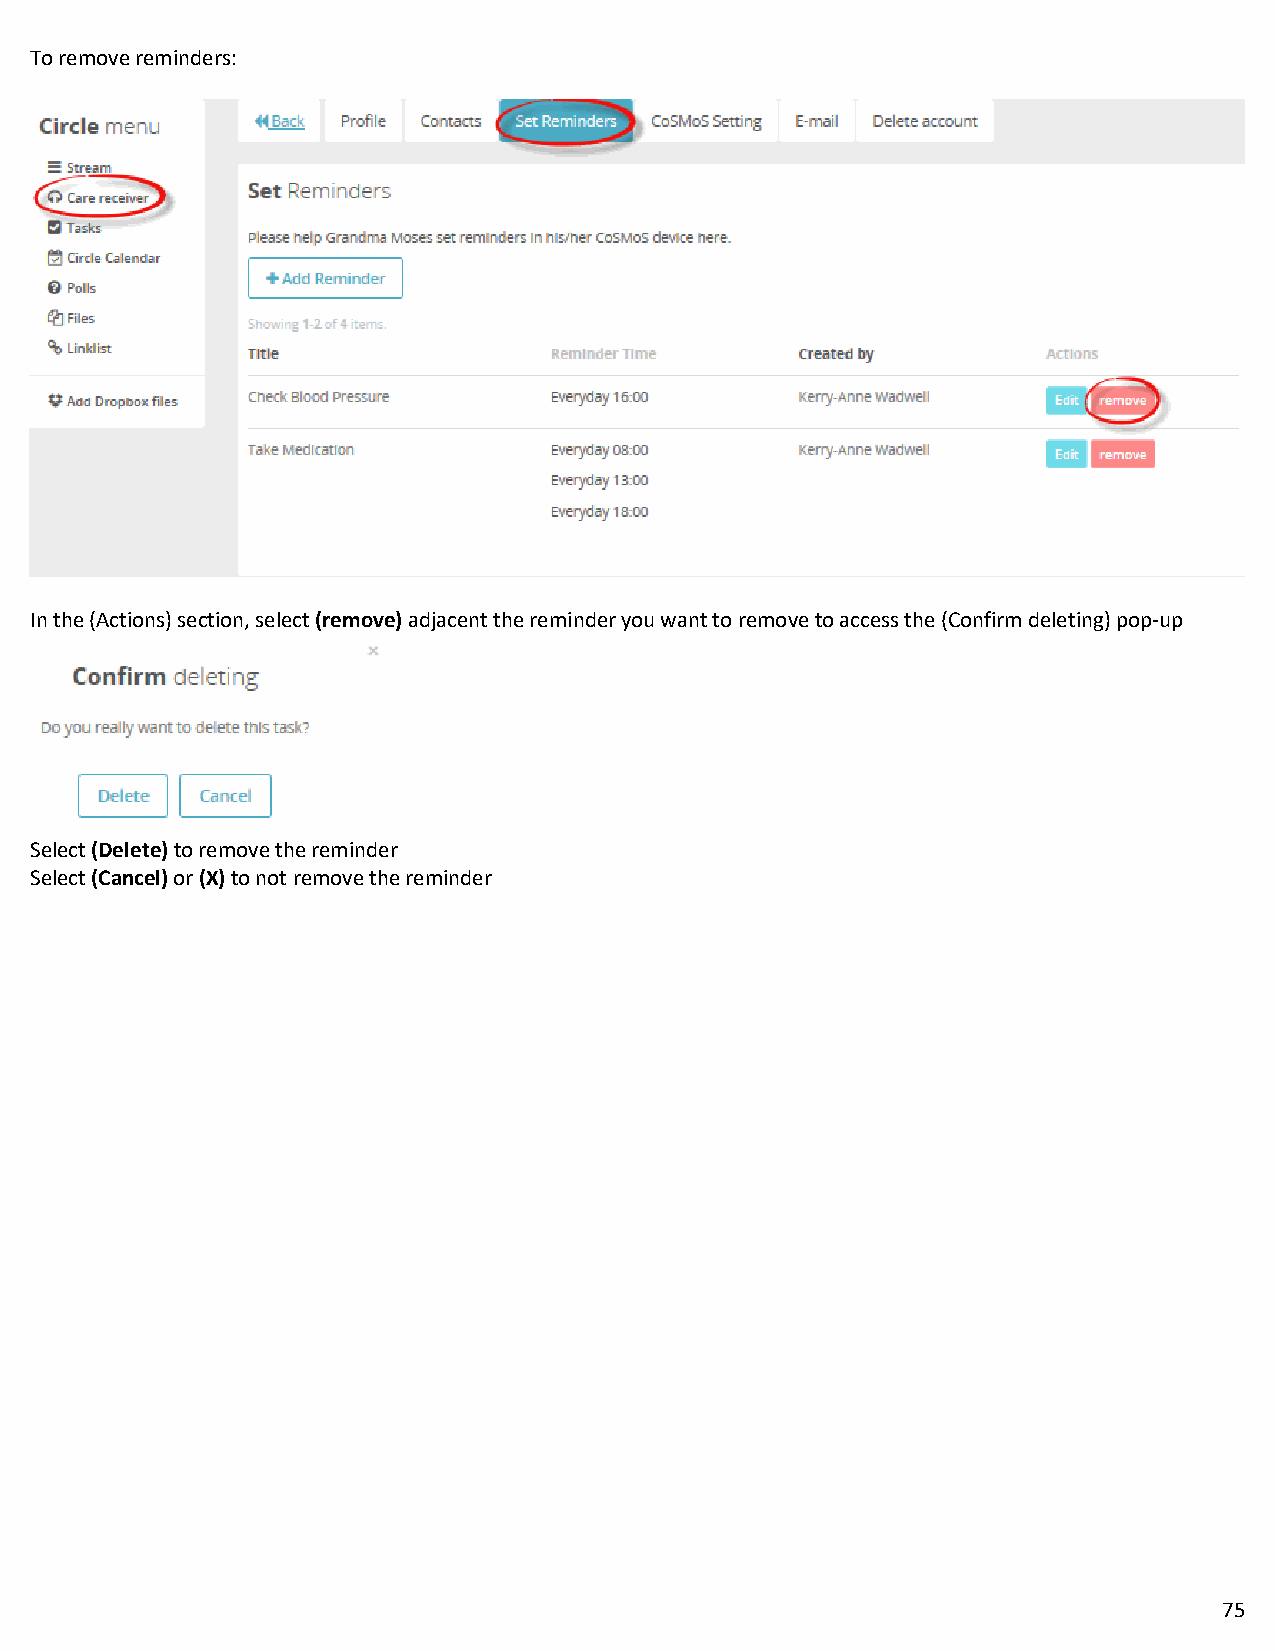
To remove reminders:
 In the (Actions) section, select (remove) adjacent the reminder you want to remove to access the (Confirm deleting) pop-up
 Select (Delete) to remove the reminder
 Select (Cancel) or (X) to not remove the reminder
 75